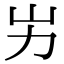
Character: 屴